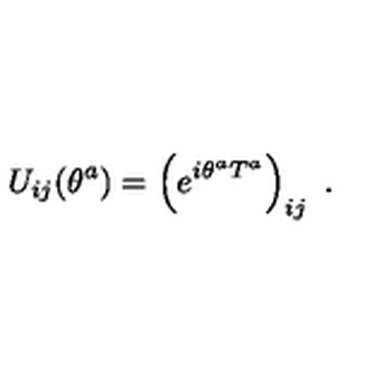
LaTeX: U _ { i j } ( \theta ^ { a } ) = \left( e ^ { i \theta ^ { a } T ^ { a } } \right) _ { i j } \ .